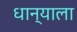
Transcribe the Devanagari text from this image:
धान्याला